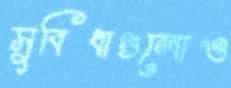
সুবিধাগুলোও